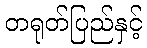
တရုတ်ပြည်နှင့်